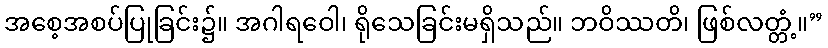
အစေ့အစပ်ပြုခြင်း၌။ အဂါရဝေါ၊ ရိုသေခြင်းမရှိသည်။ ဘဝိဿတိ၊ ဖြစ်လတ္တံ့။”